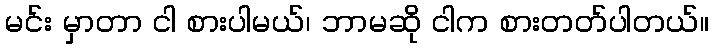
မင်း မှာတာ ငါ စားပါမယ်၊ ဘာမဆို ငါက စားတတ်ပါတယ်။